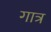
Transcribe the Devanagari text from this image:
गात्र